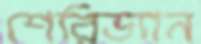
শেরিড্যান